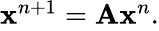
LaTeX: \begin{array}{r}{\mathbf{x}^{n+1}=\mathbf{A}\mathbf{x}^{n}.}\end{array}